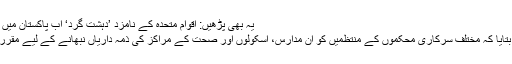
یہ بھی پڑھیں: اقوام متحدہ کے نامزد ’دہشت گرد‘ اب پاکستان میں بھی قابل گرفت
انہوں نے مزید بتایا کہ مختلف سرکاری محکموں کے منتظمیں کو ان مدارس، اسکولوں اور صحت کے مراکز کی ذمہ داریاں نبھانے کے لیے مقرر کر دیا گیا ہے۔